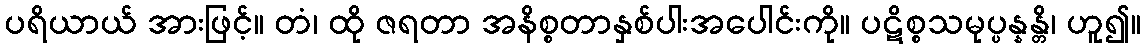
ပရိယာယ် အားဖြင့်။ တံ၊ ထို ဇရတာ အနိစ္စတာနှစ်ပါးအပေါင်းကို။ ပဋိစ္စသမုပ္ပန္နန္တိ၊ ဟူ၍။